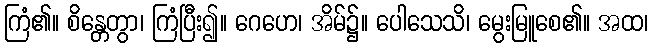
ကြံ၏။ စိန္တေတွာ၊ ကြံပြီး၍။ ဂေဟေ၊ အိမ်၌။ ပေါသေသိ၊ မွေးမြူစေ၏။ အထ၊